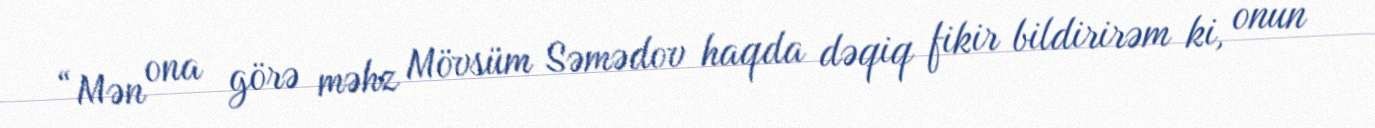
“Mən ona görə məhz Mövsüm Səmədov haqda dəqiq fikir bildirirəm ki, onun